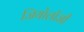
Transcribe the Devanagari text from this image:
जियोलाॅजी